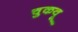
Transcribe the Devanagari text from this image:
चुकवू